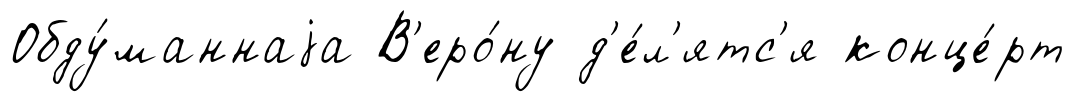
Обду́маннаjа В'еро́ну д'е́л'ятс'я конце́рт